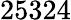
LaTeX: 25324